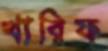
খারিফ